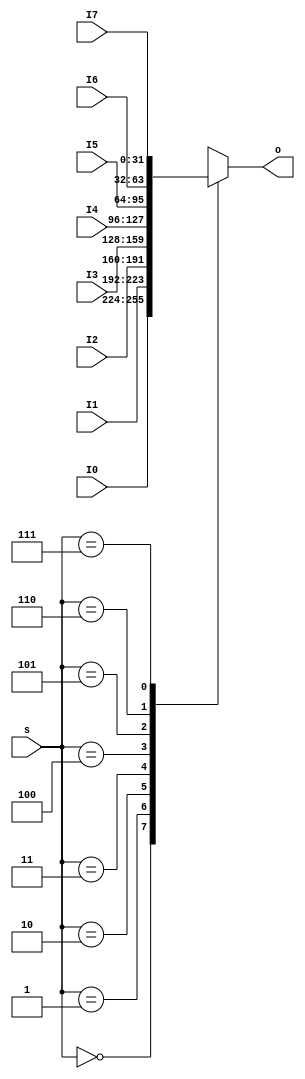
`timescale 1ns / 1ps
//////////////////////////////////////////////////////////////////////////////////
// Company: 
// Engineer: 
// 
// Design Name: 
// Module Name:    MUX8T1_32 
// Project Name: 
// Target Devices: 
// Tool versions: 
// Description: 
//
// Dependencies: 
//
// Revision: 
// Revision 0.01 - File Created
// Additional Comments: 
//
//////////////////////////////////////////////////////////////////////////////////
module  MUX8T1_32(input [2:0]s,
						input [31:0]I0,
						input [31:0]I1,
						input [31:0]I2,
						input [31:0]I3,
						input [31:0]I4,
						input [31:0]I5,
						input [31:0]I6,
						input [31:0]I7,
						
						output reg[31:0]o
						);

		always@*			//328,I0I1I2012
			case(s)
				3'b000: o = I0;
				3'b001: o = I1;
				3'b010: o = I2;
				3'b011: o = I3;
				3'b100: o = I4;
				3'b101: o = I5;
				3'b110: o = I6;
				3'b111: o = I7;
			endcase
			
endmodule